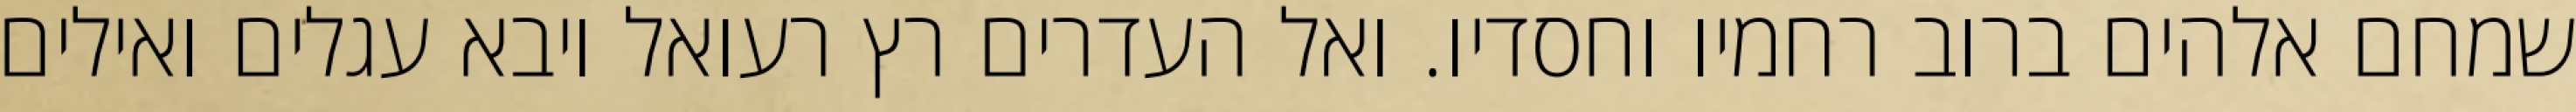
שמחם אלהים ברוב רחמיו וחסדיו. ואל העדרים רץ רעואל ויבא עגלים ואילים